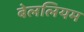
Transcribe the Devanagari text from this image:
बेललियम